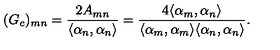
( G _ { c } ) _ { m n } = { \frac { 2 A _ { m n } } { \langle \alpha _ { n } , \alpha _ { n } \rangle } } = \frac { 4 \langle \alpha _ { m } , \alpha _ { n } \rangle } { \langle \alpha _ { m } , \alpha _ { m } \rangle \langle \alpha _ { n } , \alpha _ { n } \rangle } .